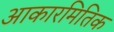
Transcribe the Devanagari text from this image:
आकारमितिक